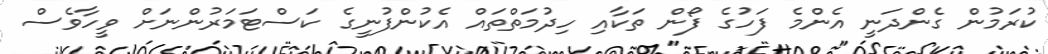
ކުރަމުން ގެންދަނީ އެންމެ ފަހުގެ ފޯން ތަކާއި ހިދުމަތްތައް އެކުންފުނީގެ ކަސްޓަމަރުންނަށް ވީހާވެސް